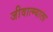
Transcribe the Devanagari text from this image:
जीवात्म्याला